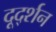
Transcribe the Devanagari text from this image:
दूर्द्शन